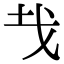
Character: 𢦏